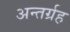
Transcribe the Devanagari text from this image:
अन्तर्ग्रह